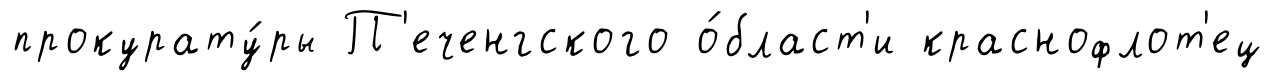
прокурату́ры П'еченгского о́бласт'и краснофлот'ец